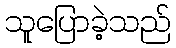
သူပြောခဲ့သည်